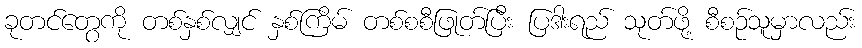
ခုတင်တွေကို တစ်နှစ်လျှင် နှစ်ကြိမ် တစ်စစီဖြုတ်ပြီး ပြဒါးရည် သုတ်ဖို့ စီစဉ်သူမှာလည်း